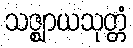
သဇ္ဈာယသုတ္တံ